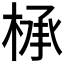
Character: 𰗸